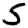
Digit: 5